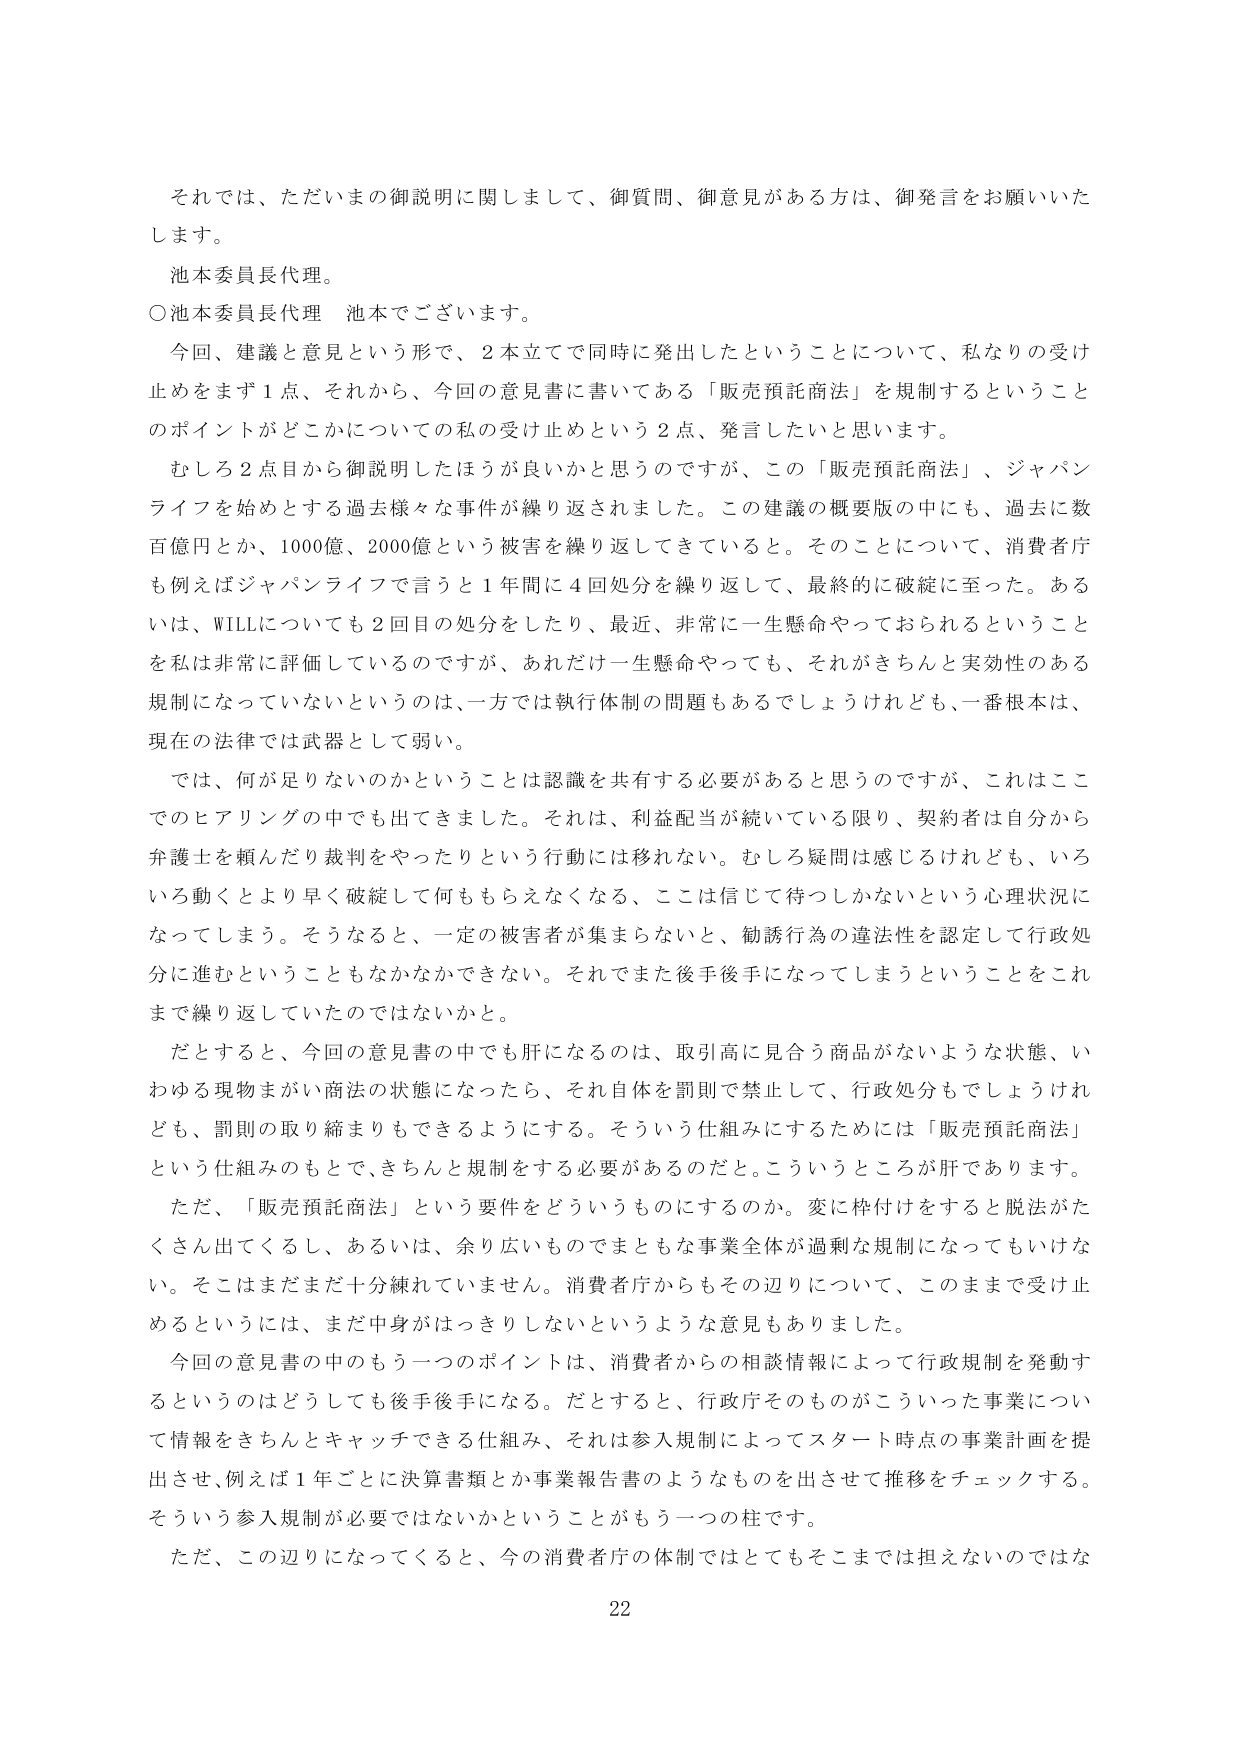
それでは、ただいまの御説明に関しまして、御質問、御意見がある方は、御発言をお願いいたします。

池本委員長代理。

〇池本委員長代理 池本でございます。

今回、建議と意見という形で、2本立てで同時に発出したということについて、私なりの受け止めをまず1点、それから、今回の意見書に書いてある「販売預託商法」を規制するということのポイントがどこかについての私の受け止めという2点、発言したいと思います。

むしろ2点目から御説明したほうが良いかと思うのですが、この「販売預託商法」、ジャパンライフを始めとする過去様々な事件が繰り返されました。この建議の概要版の中にも、過去に数百億円とか、1000億、2000億という被害を繰り返してきていると。そのことについて、消費者庁も例えばジャパンライフで言うと1年間に4回処分を繰り返して、最終的に破綻に至った。あるいは、WILLについても2回目の処分をしたり、最近、非常に一生懸命やっておられるということを私は非常に評価しているのですが、あれだけ一生懸命やっても、それがきちんと実効性のある規制になっていないというのは、一方では執行体制の問題もあるでしょうけれども、一番根本は、現在の法律では武器として弱い。

では、何が足りないのかということは認識を共有する必要があると思うのですが、これはここでのヒアリングの中でも出てきました。それは、利益配当が続いている限り、契約者は自分から弁護士を頼んだり裁判をやったりという行動には移れない。むしろ疑問は感じるけれども、いろいろ動くとより早く破綻して何ももらえなくなる、ここは信じて待つしかないという心理状況になってしまう。そうなると、一定の被害者が集まらないと、勧誘行為の違法性を認定して行政処分に進むということもなかなかできない。それでまた後手後手になってしまうということをこれまで繰り返していたのではないでしょうか。

だとすると、今回の意見書の中でも肝になるのは、取引高に見合う商品がないような状態、いわゆる現物まがい商法の状態になったら、それ自体を罰則で禁止して、行政処分もでしょうけれども、罰則の取り締まりもできるようにする。そういう仕組みにするためには「販売預託商法」という仕組みのもとで、きちんと規制をする必要があるのだ。こういうところが肝であります。

ただ、「販売預託商法」という要件をどういうものにするのか。変に枠付けをすると脱法がたくさん出てくるし、あるいは、余り広いものでまともな事業全体が過剰な規制になってもいけない。そこはまだまだ十分練れていません。消費者庁からもその辺りについて、このままで受け止めるというには、まだ中身がはっきりしないというような意見もありました。

今回の意見書の中のもう一つのポイントは、消費者からの相談情報によって行政規制を発動するというのはどうしても後手後手になる。だとすると、行政庁そのものがこういった事業について情報をきちんとキャッチできる仕組み、それは参入規制によってスタート時点の事業計画を提出させ、例えば1年ごとに決算書類とか事業報告書のようなものを出させて推移をチェックする。そういう参入規制が必要ではないかということがもう一つの柱です。

ただ、この辺りになってくると、今の消費者庁の体制ではとてもそこまでは担えないのではな

22